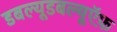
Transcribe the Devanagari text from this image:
डबल्यूडबल्यूऍफ़